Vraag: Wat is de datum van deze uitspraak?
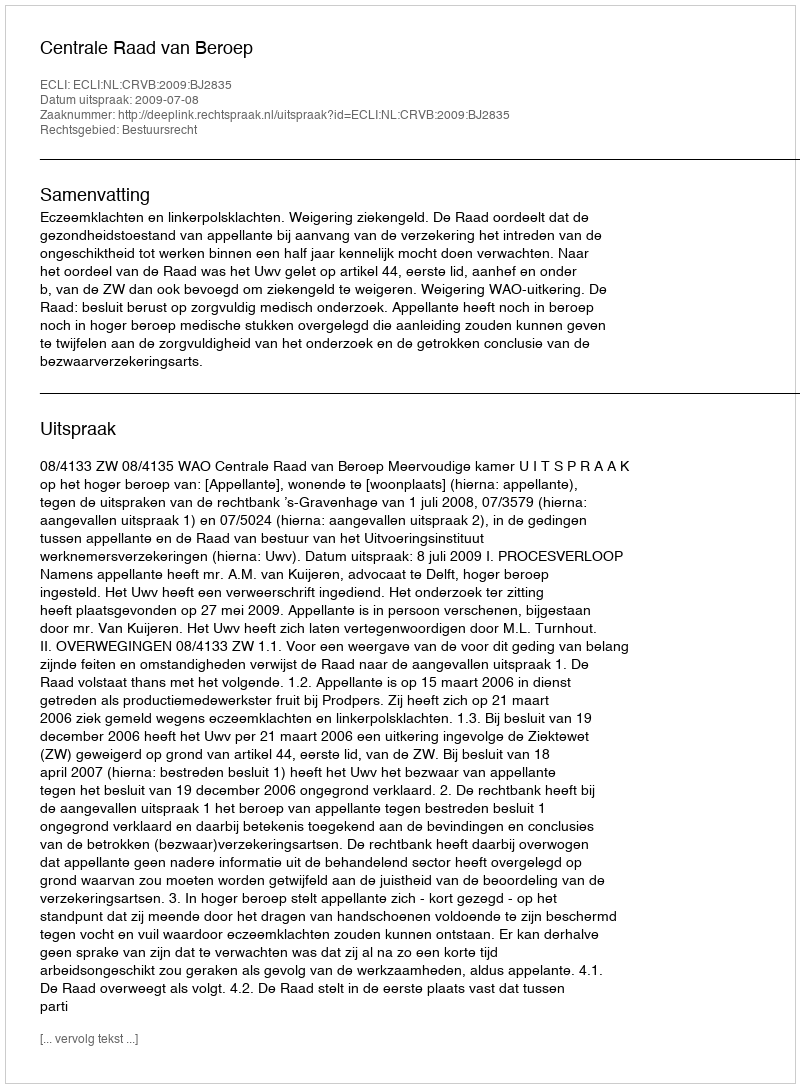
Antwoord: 2009-07-08